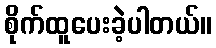
စိုက်ထူပေးခဲ့ပါတယ်။